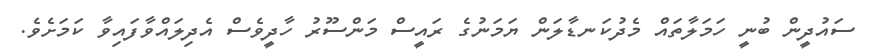
ސައުދީން ބުނީ ހަމަލާތައް މެދުކަނޑާލަން ޔަމަނުގެ ރައީސް މަންސޫރު ހާދީވެސް އެދިލައްވާފައިވާ ކަމަށެވެ.